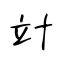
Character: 竍